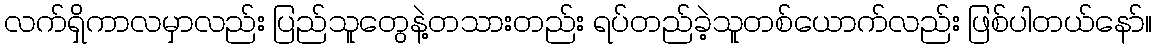
လက်ရှိကာလမှာလည်း ပြည်သူတွေနဲ့တသားတည်း ရပ်တည်ခဲ့သူတစ်ယောက်လည်း ဖြစ်ပါတယ်နော်။